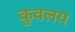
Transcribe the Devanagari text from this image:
कुवलय